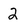
Character: 2